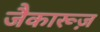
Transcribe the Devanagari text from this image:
जैकारूज़